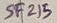
Text: SF215